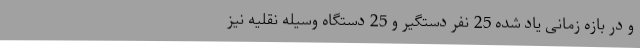
و در بازه زمانی یاد شده 25 نفر دستگیر و 25 دستگاه وسیله نقلیه نیز